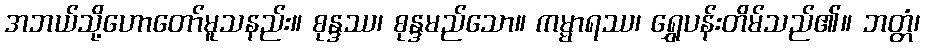
အဘယ်သို့ဟောတော်မူသနည်း။ စုန္ဒဿ၊ စုန္ဒမည်သော။ ကမ္မာရဿ၊ ရွှေပန်းတိမ်သည်၏။ ဘတ္တံ၊